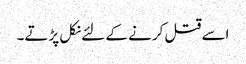
اسے قتل کرنے کے لئے نکل پڑتے۔